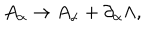
A _ { \alpha } \rightarrow A _ { \alpha } + \partial _ { \alpha } \Lambda ,